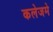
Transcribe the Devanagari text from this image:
कलेजमे